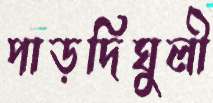
পাড়দিঘুলী